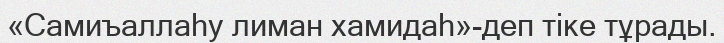
«Самиъаллаһу лиман хамидаһ»-деп тіке тұрады.